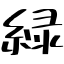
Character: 緑